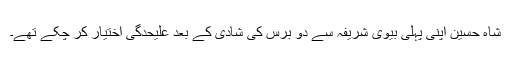
شاہ حسین اپنی پہلی بیوی شریفہ سے دو برس کی شادی کے بعد علیحدگی اختیار کر چکے تھے۔